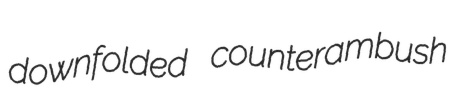
downfolded counterambush